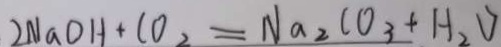
2 N a O H + C O _ { 2 } = N a _ { 2 } C O _ { 3 } + H _ { 2 } V